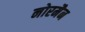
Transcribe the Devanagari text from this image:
नोरमैन